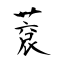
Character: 蔉